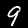
Label: 9